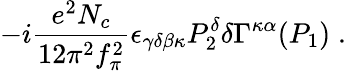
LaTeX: -i\frac{e^{2}N_{c}}{12\pi^{2}f_{\pi}^{2}}\epsilon_{\gamma\delta\beta\kappa}P_{2}^{\delta}\delta\Gamma^{\kappa\alpha}(P_{1})\; .